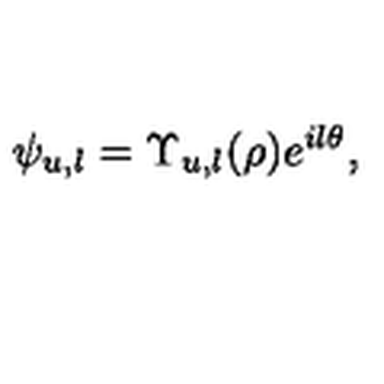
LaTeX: \psi _ { u , l } = \Upsilon _ { u , l } ( \rho ) e ^ { i l \theta } ,